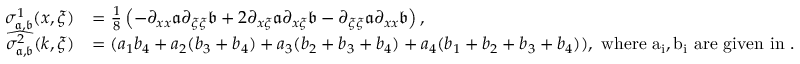
\begin{array} { r l } { \sigma _ { \mathfrak { a } , \mathfrak { b } } ^ { 1 } ( x , \xi ) } & { = \frac { 1 } { 8 } \left( - \partial _ { x x } \mathfrak { a } \partial _ { \xi \xi } \mathfrak { b } + 2 \partial _ { x \xi } \mathfrak { a } \partial _ { x \xi } \mathfrak { b } - \partial _ { \xi \xi } \mathfrak { a } \partial _ { x x } \mathfrak { b } \right) , } \\ { \widehat { \sigma _ { \mathfrak { a } , \mathfrak { b } } ^ { 2 } } ( k , \xi ) } & { = ( a _ { 1 } b _ { 4 } + a _ { 2 } ( b _ { 3 } + b _ { 4 } ) + a _ { 3 } ( b _ { 2 } + b _ { 3 } + b _ { 4 } ) + a _ { 4 } ( b _ { 1 } + b _ { 2 } + b _ { 3 } + b _ { 4 } ) ) , \mathrm { ~ w h e r e ~ a _ i , b _ i ~ a r e ~ g i v e n ~ i n ~ . } } \end{array}